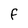
Character: F